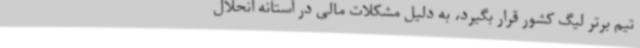
تیم برتر لیگ کشور قرار بگیرد، به دلیل مشکلات مالی در آستانه انحلال